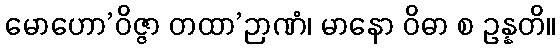
မောဟော’ဝိဇ္ဇာ တထာ’ဉာဏံ၊ မာနော ဝိဓာ စ ဥန္နတိ။